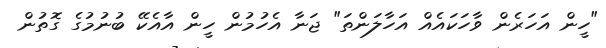
"ހީން އަހަރެން ވާހަކައެއް އަހާލަންތަ" ޖަނާ އެހުމުން ހީން އާއެކޭ ބުނުމުގެ ގޮތުން